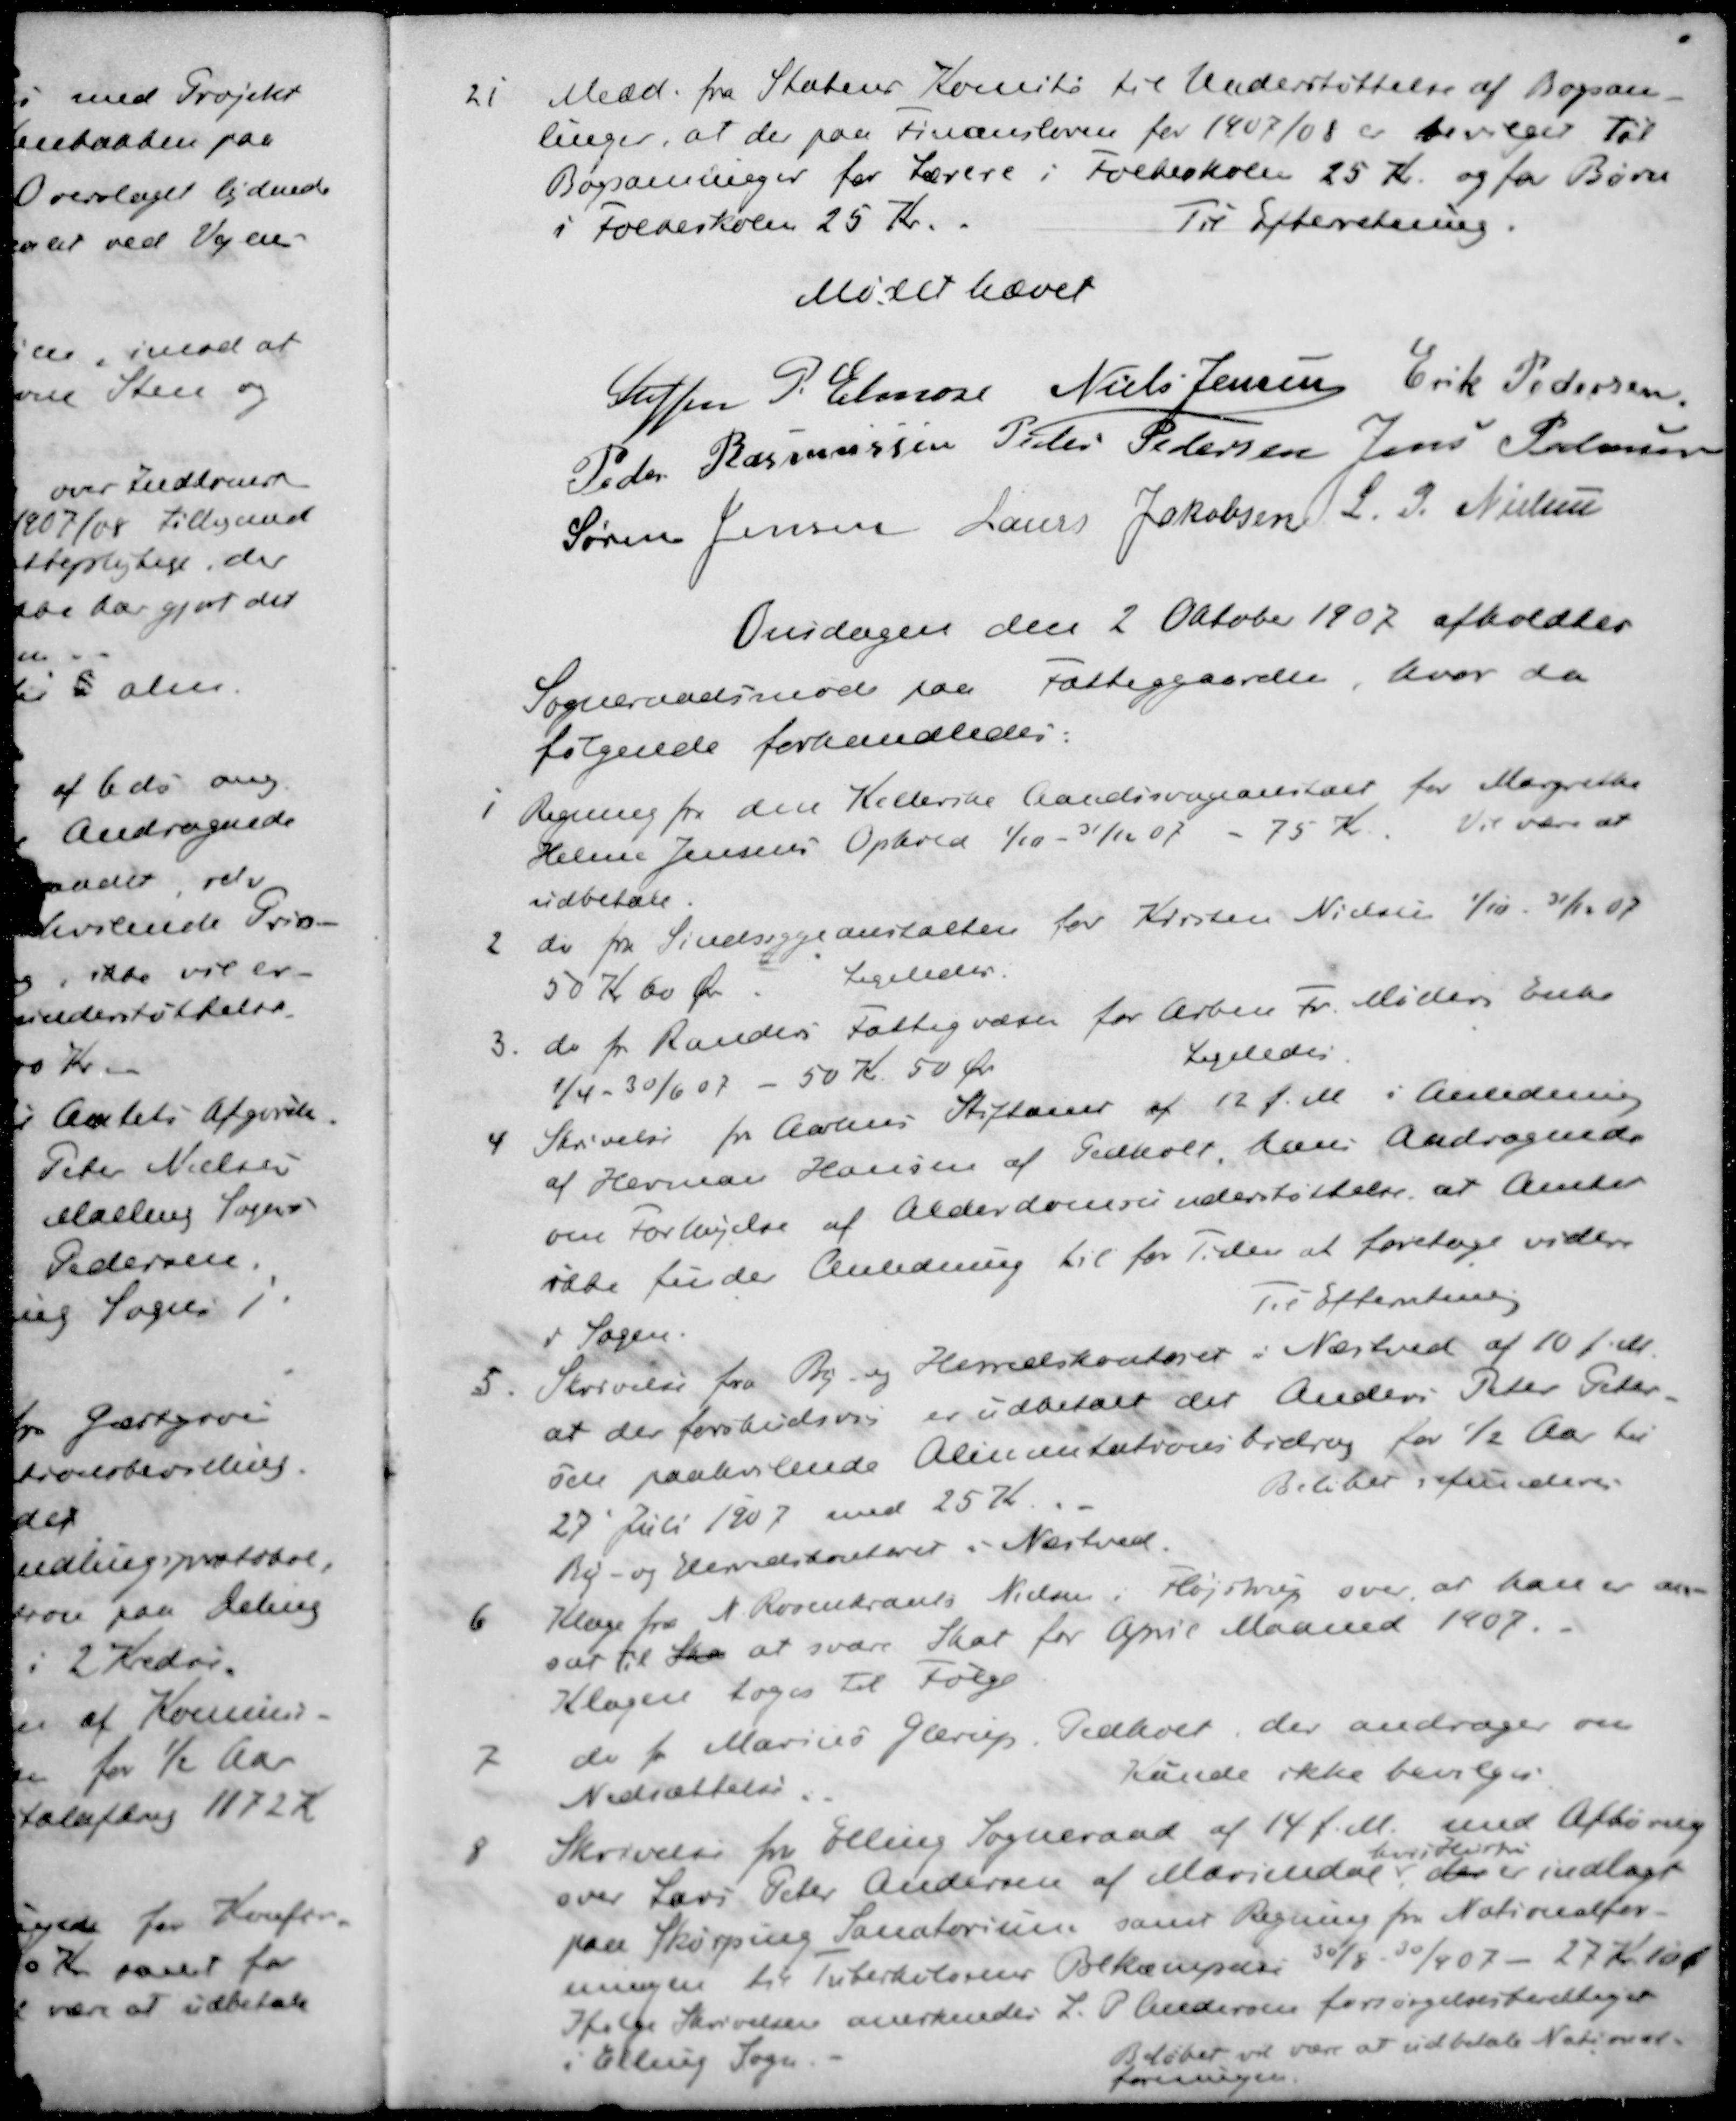
Transskription:
Medd. fra Statens Komite til Understøttelse af Bogsam-
linger, at der paa Finansloven for 1907/08 er bevilget til
Bogsamlinger for Lærere i Folkeskolen 25 Kr. og for Børn
i Folkeskolen 25 Kr.
Til Efterretning.
Mødet hævet
Steffen P. Elmose
Niels Jensen
Erik Pedersen
Peder Rasmussen
Peder Pedersen
Jens Pedersen
Søren Jensen
Laurs Jakobsen
L. P. Nielsen
Onsdagen den 2 Oktober 1907 afholdtes
Sogneraadsmøde paa Fattiggaarden, hvor da
følgende forhandledes:
1 Regning fra den Kellerske Aandssvageanstalt for Margrethe
Helene Jensens Ophold 1/10 - 31/12 07 - 75 Kr. Vil være at
udbetale.
2 do fra Sindsygeanstalter for Kirsten Nielsen 1/10 - 31/12 07
50 Kr 60 Øre.
Ligeledes
3. do pr. Randers Fattigvæsen for Arbm Fr. Møllers Enke
1/4 - 30/6 07 - 50 Kr. 50 Øre
Ligeledes
4 Skrivelse for Aarhus Stiftamt af 12 f. M. i Anledning
af Herman Hansen af Pedholt, hans Andragende
om Forhøjelse af Alderdomsunderstøttelse at Amtet
ikke finder Anledning til for Tiden at foretage videre
i Sagen
Til Efterretning
5. Skrivelse fra By og Herredskontoret i Næstved af 10 f. M.
at der forskudsvis er udbetalt det Anders Peter Peder-
sen paahvilende Alimentationsbidrag for ½ Aar til
27' Juli 1907 med 25 Kr.
Beløbet refunderes
By- og Herredskontorer i Næstved.
6 Klage fra N. Rosenkrants Nielsen i Fløjstrup over at han er an-
sat til Ska at svare Skat for April Maaned 1907.
Klagen toges til Følge
7 do f Marius Glerup Pedholt, der andrager om 
Nedsættelse.
kunde ikke bevilges.
8 Skrivelse fra Elling Sogneraad af 14 f. M. med Afhøring
hvis Hustru
over Lars Peter Andersen af Mariendal der er indlagt 
paa Skørping Sanatorium samt Regning fra Nationalfor-
eningen til Tuberkulosens Bekæmpelse 30/8 - 30/4 07 - 27 Kr. 10 Ø
Ifølge Skrivelsen anerkendes L. P. Andersen forsørgelsesberettiget
i Elling Sogn
Beløbet vil være at udbetale National-
foreningen